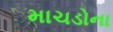
માચડોના